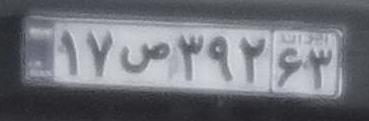
۱۷ص۳۹۲۶۳